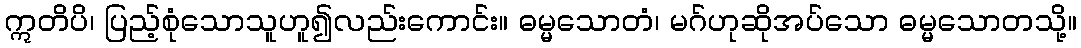
ဣတိပိ၊ ပြည့်စုံသောသူဟူ၍လည်းကောင်း။ ဓမ္မသောတံ၊ မဂ်ဟုဆိုအပ်သော ဓမ္မသောတသို့။